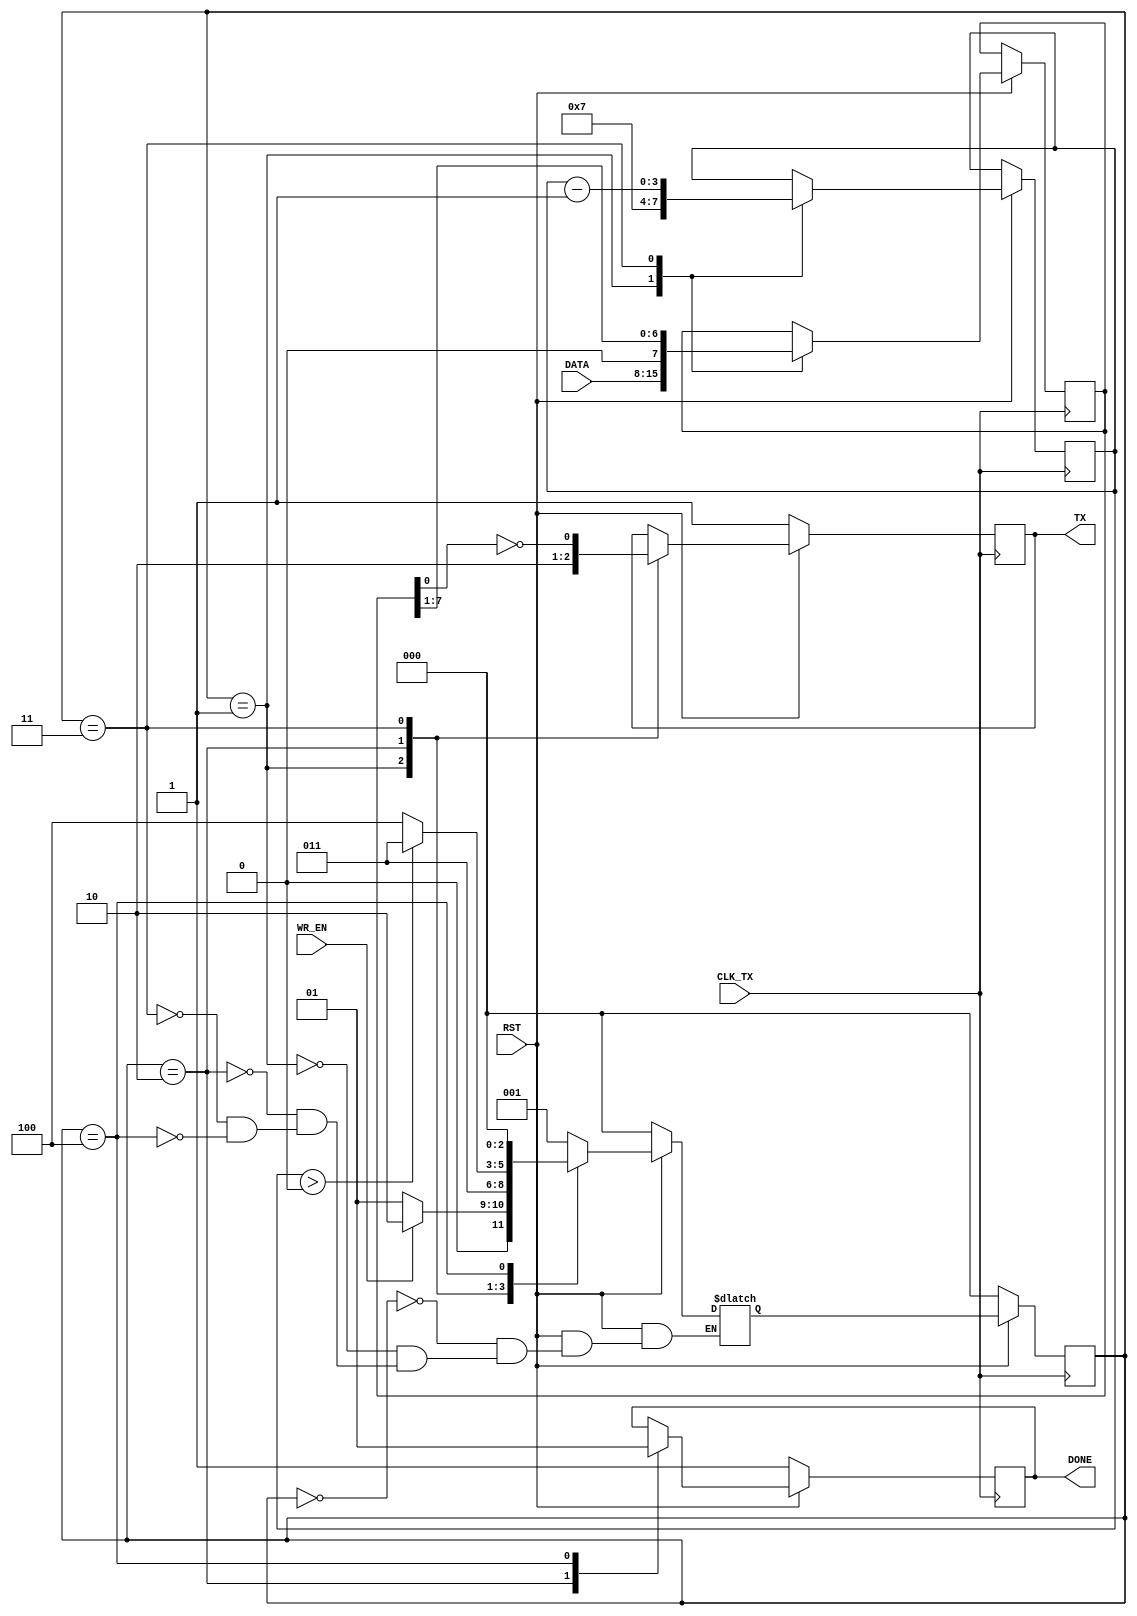
module rs232_tx( CLK_TX, RST, TX, DATA, WR_EN, DONE
    );
	 
input CLK_TX;
input RST;
output TX;
input [7:0]DATA;
input WR_EN;
output reg DONE;

// --------------------

reg tx_;
assign TX = tx_;

reg [7:0] data_buf;
reg [3:0] data_left;


localparam [2:0]	IDLE = 0,
						WAITING_TRG = 1,
						SEND_START = 2,
						WAITING_WRITE = 3,
						DONE_WRITING = 4;

reg [2:0] state, next;


always @(posedge CLK_TX) begin
	if( ~RST ) state <= IDLE;
	else state <= next;
end


always @* begin
	if( ~RST )
		next = IDLE;
	else begin
		case( state )
			IDLE: begin 
								next = WAITING_TRG;
			end
			WAITING_TRG: begin 
				if( WR_EN )	next = SEND_START;
				else			next = WAITING_TRG;
			end
			SEND_START: begin
								next = WAITING_WRITE;
			end
			WAITING_WRITE: begin 
				if( data_left > 0 )
								next = WAITING_WRITE;
				else			next = DONE_WRITING;
			end
			DONE_WRITING: begin 
								next = IDLE;
			end
		endcase
	end
end


always @(posedge CLK_TX) begin
	if( ~RST ) begin
		DONE <= 1;
		tx_ <= 1;
	end else begin
		case( state )
			IDLE: begin end
			WAITING_TRG: begin 
				data_left <= 7;
				data_buf <= DATA;
				tx_ <= 1;
//				$display("waiting_trg"); 
			end
			SEND_START: begin
//				$display("SENDING START");
				tx_ <= 0;
				DONE <= 0;
			end
			WAITING_WRITE: begin 
				data_left <= data_left - 1;
				tx_ <= ~data_buf[0];
//				$display("SENDING BIT: %b", data_buf[0]);
				data_buf[7:0] <= {0, data_buf[7:1]};
			end
			DONE_WRITING: begin 			
//				$display("DONE");
				DONE <= 1;
				// HERE IS STOP-BIT
			end
		endcase
	end
end


endmodule